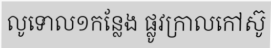
លូទោល១កន្លែង ផ្លូវក្រាលកៅស៊ូ